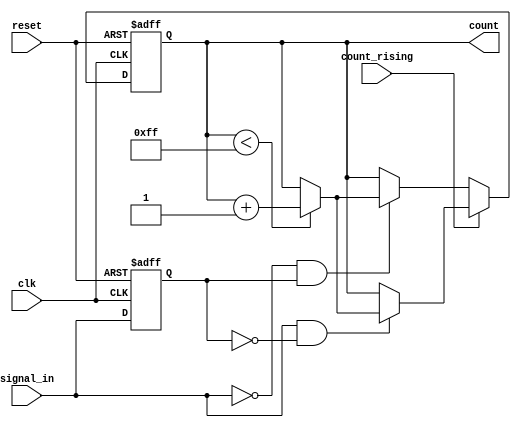
module edge_counter #(
    parameter COUNTER_WIDTH = 8   // Define the width of the count
)(
    input wire clk,                // Clock signal
    input wire reset,              // Asynchronous reset
    input wire signal_in,          // Input signal to count edges
    input wire count_rising,       // Select rising edge counting when high
    output reg [COUNTER_WIDTH-1:0] count // Edge count output
);

    // Internal signal to hold the previous state of signal_in for edge detection
    reg signal_in_prev;

    always @(posedge clk or posedge reset) begin
        if (reset) begin
            // Reset the counter and previous signal state
            count <= 0;
            signal_in_prev <= 0;
        end else begin
            // Edge detection logic
            if (count_rising) begin
                // Rising edge detection logic
                if (signal_in == 1'b1 && signal_in_prev == 1'b0) begin
                    if (count < (2**COUNTER_WIDTH - 1)) // Handle overflow
                        count <= count + 1;
                end
            end else begin
                // Falling edge detection logic
                if (signal_in == 1'b0 && signal_in_prev == 1'b1) begin
                    if (count < (2**COUNTER_WIDTH - 1)) // Handle overflow
                        count <= count + 1;
                end
            end
            
            // Update the previous signal state
            signal_in_prev <= signal_in;
        end
    end

endmodule